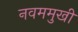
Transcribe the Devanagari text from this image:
नवममुखी